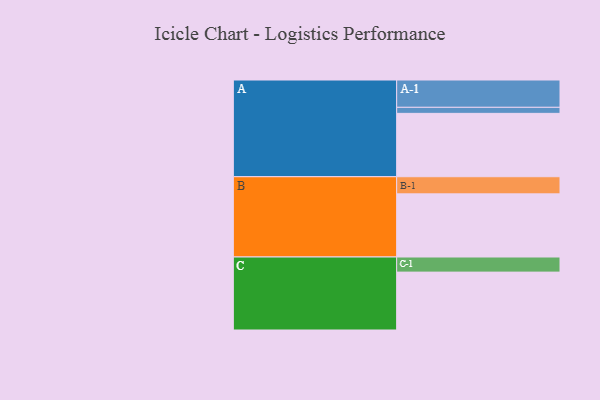
{"axis": {"x": "Segment", "y": "Value"}, "legend": ["", "A", "B", "C"], "data": [{"x": "A", "y": 566, "type": ""}, {"x": "B", "y": 564, "type": ""}, {"x": "C", "y": 517, "type": ""}, {"x": "A-1", "y": 244, "type": "A"}, {"x": "A-2", "y": 54, "type": "A"}, {"x": "B-1", "y": 153, "type": "B"}, {"x": "C-1", "y": 135, "type": "C"}]}